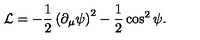
{ \cal L } = - { \frac { 1 } { 2 } } \left( \partial _ { \mu } \psi \right) ^ { 2 } - { \frac { 1 } { 2 } } \cos ^ { 2 } \psi .